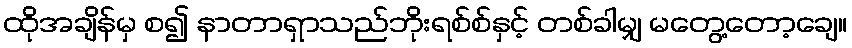
ထိုအချိန်မှ စ၍ နာတာရှာသည်ဘိုးရစ်စ်နှင့် တစ်ခါမျှ မတွေ့တော့ချေ။